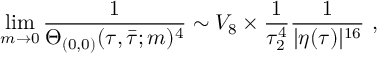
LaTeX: \operatorname * { l i m } _ { m \rightarrow 0 } \frac { 1 } { \Theta _ { ( 0 , 0 ) } ( \tau , \bar { \tau } ; m ) ^ { 4 } } \sim V _ { 8 } \times \frac { 1 } { \tau _ { 2 } ^ { 4 } } \frac { 1 } { | \eta ( \tau ) | ^ { 1 6 } } ~ ,